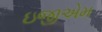
ઇજીએમ